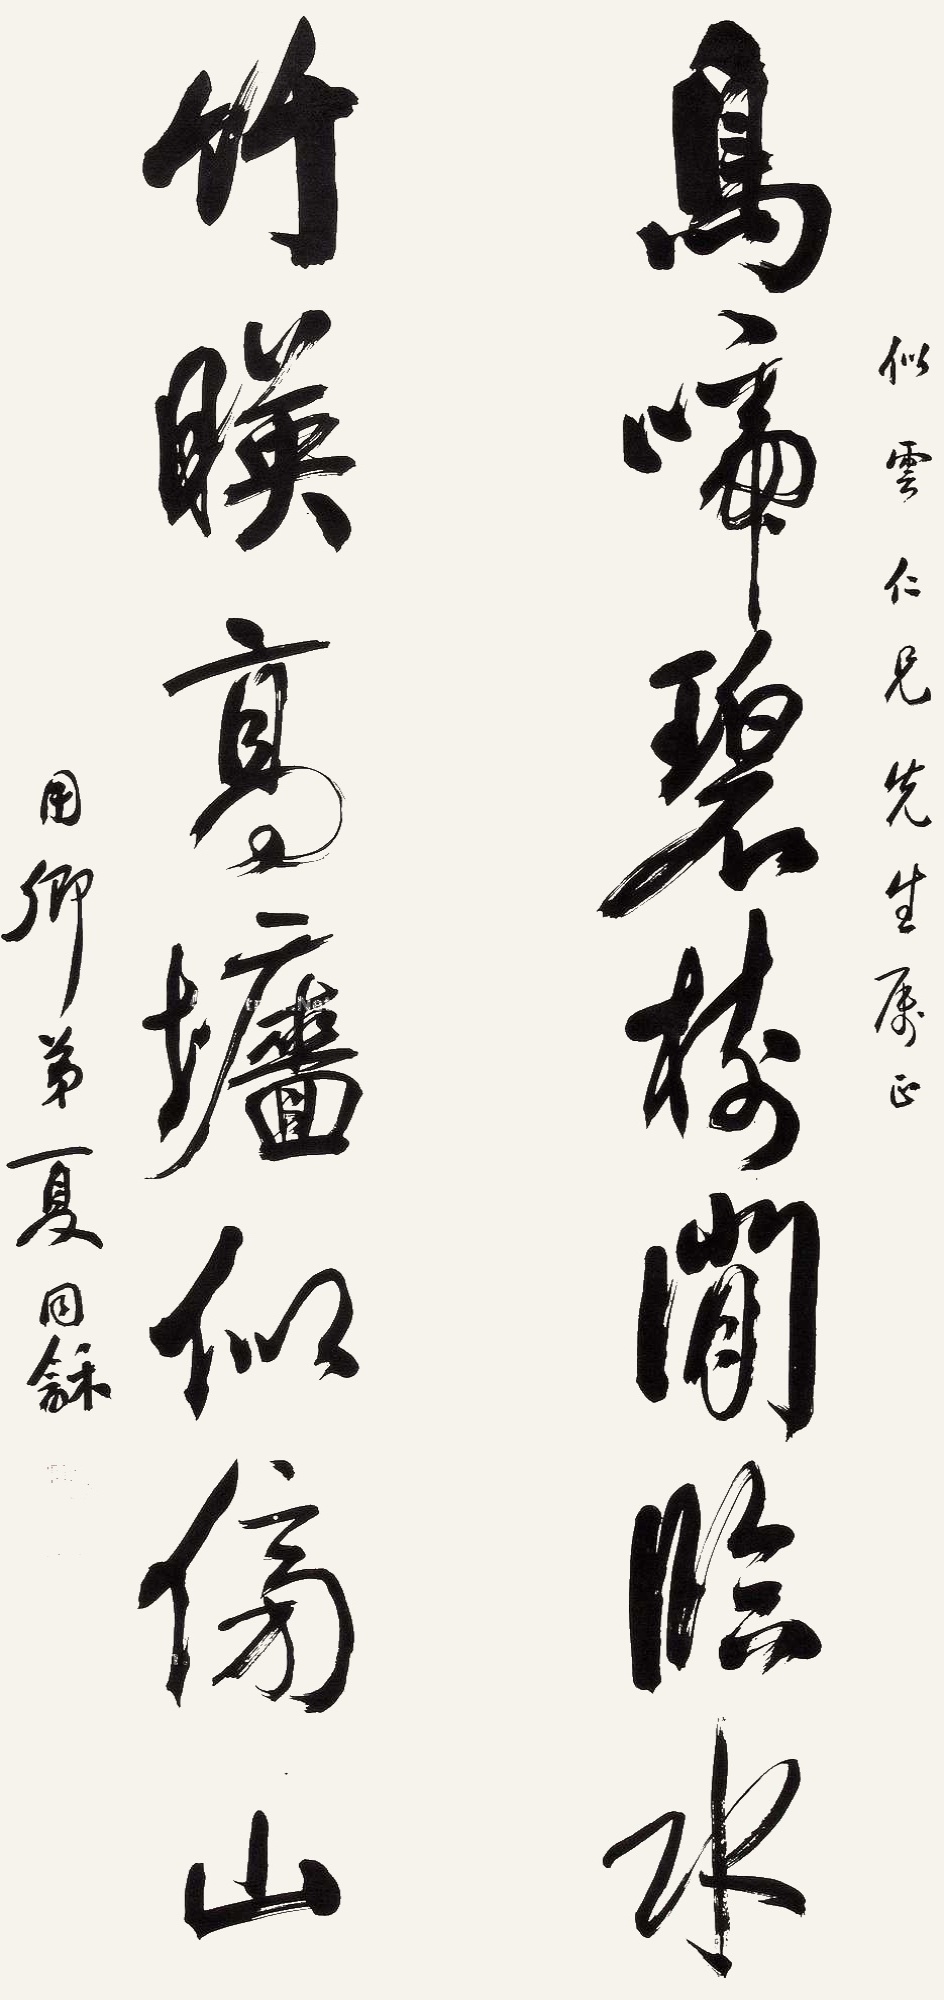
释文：鸟啼碧树闲临水，竹映高墙似傍山。似云仁兄先生属正，用卿弟夏同龢。